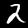
Label: 2